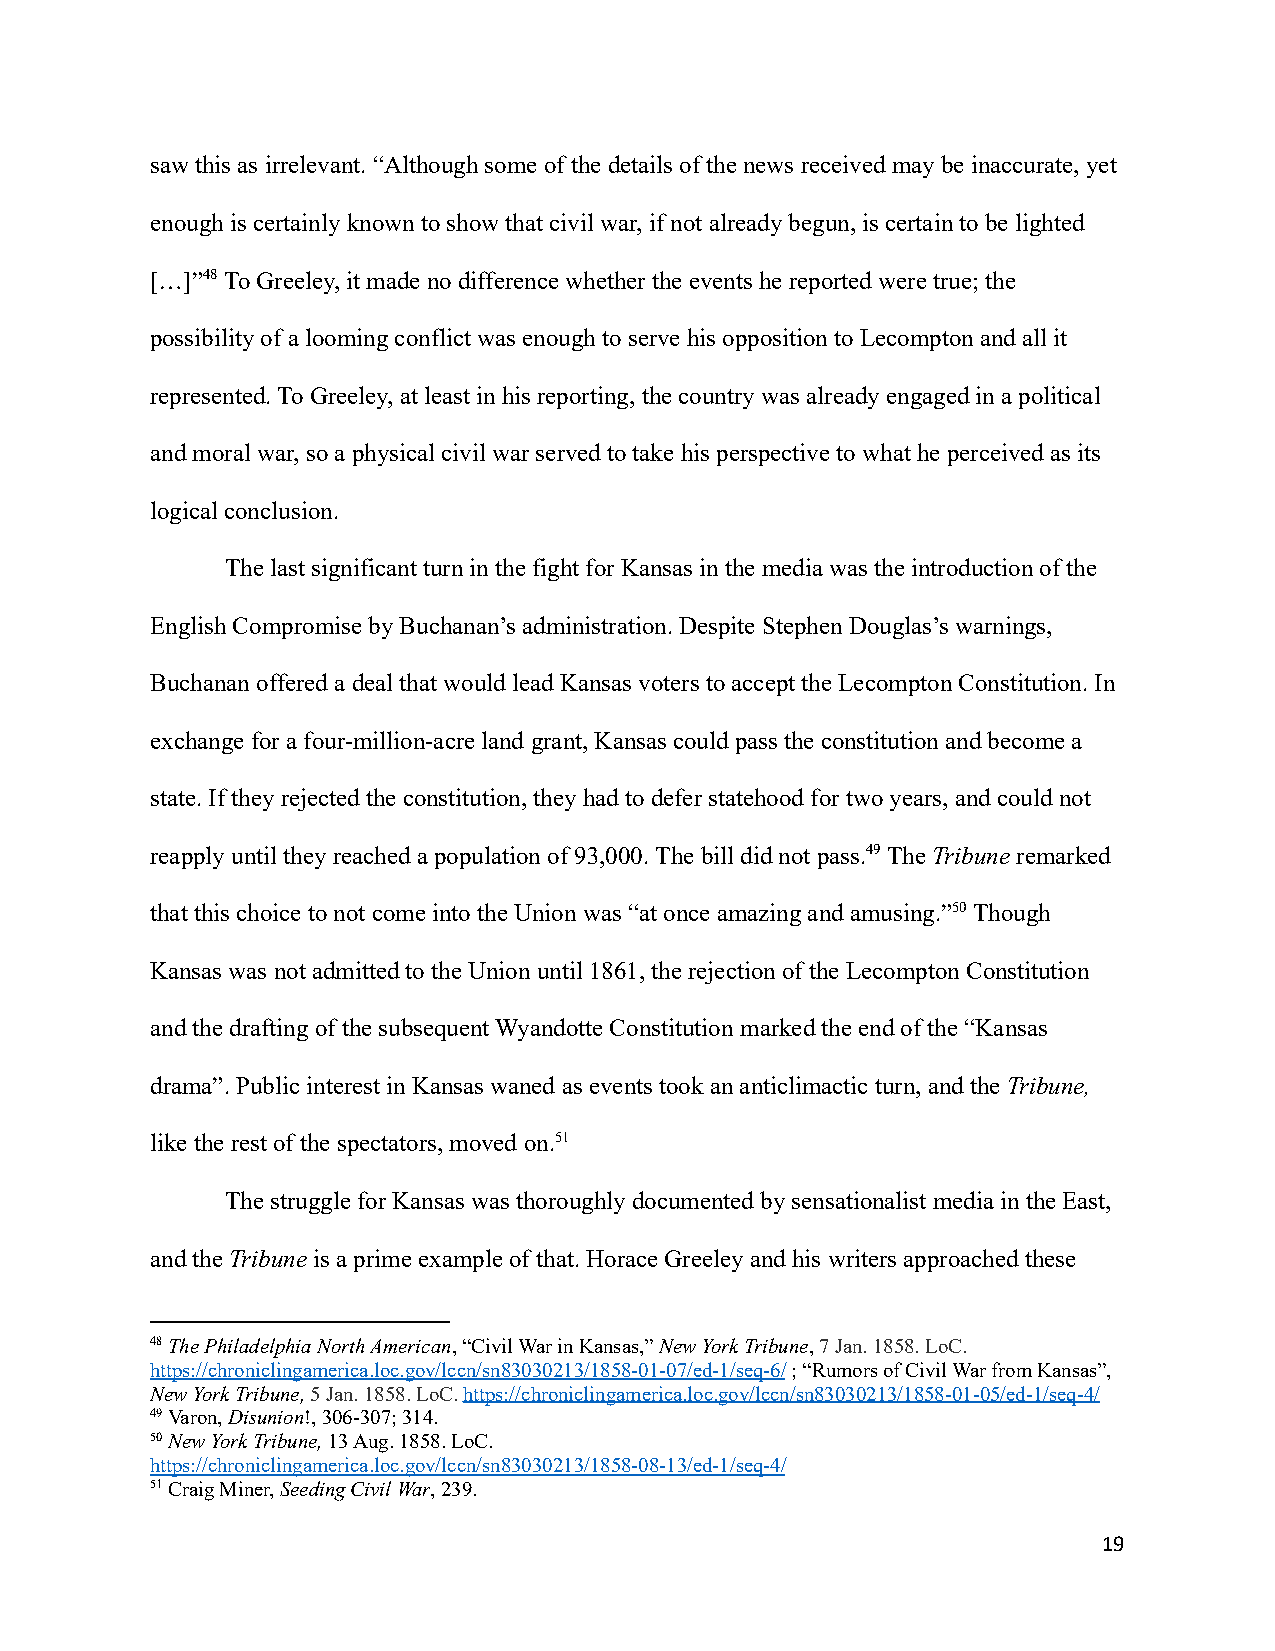
saw this as irrelevant. “Although some of the details of the news received may be inaccurate, yet
 enough is certainly known to show that civil war,if not already begun, is certain to be lighted
 […]”48To Greeley, it made no difference whether theevents he reported were true; the
 possibility of a looming conflict was enough to serve his opposition to Lecompton and all it
 represented. To Greeley, at least in his reporting, the country was already engaged in a political
 and moral war, so a physical civil war served to takehis perspective to what he perceived as its
 logical conclusion.
 The last significant turn in the fight for Kansasin the media was the introduction of the
 English Compromise by Buchanan’s administration. DespiteStephen Douglas’s warnings,
 Buchanan offered a deal that would lead Kansas votersto accept the Lecompton Constitution. In
 exchange for a four-million-acre land grant, Kansascould pass the constitution and become a
 state. If they rejected the constitution, they hadto defer statehood for two years, and could not
 reapply until they reached a population of 93,000.The bill did not pass.49TheTribuneremarked
 that this choice to not come into the Union was “atonce amazing and amusing.”50Though
 Kansas was not admitted to the Union until 1861, therejection of the Lecompton Constitution
 and the drafting of the subsequent Wyandotte Constitution marked the end of the “Kansas
 drama”. Public interest in Kansas waned as eventstook an anticlimactic turn, and theTribune,
 like the rest of the spectators, moved on.51
 The struggle for Kansas was thoroughly documentedby sensationalist media in the East,
 and theTribuneis a prime example of that. HoraceGreeley and his writers approached these
 48The Philadelphia North American, “Civil War in Kansas,”New York Tribune,7 Jan. 1858.LoC.
 https://chroniclingamerica.loc.gov/lccn/sn83030213/1858-01-07/ed-1/seq-6/; “Rumors of Civil War from Kansas”,
 New York Tribune,5 Jan. 1858. LoC.https://chroniclingamerica.loc.gov/lccn/sn83030213/1858-01-05/ed-1/seq-4/
 49Varon,Disunion!, 306-307; 314.
 50New York Tribune,13 Aug. 1858. LoC.
 https://chroniclingamerica.loc.gov/lccn/sn83030213/1858-08-13/ed-1/seq-4/
 51Craig Miner,Seeding Civil War, 239.
 19